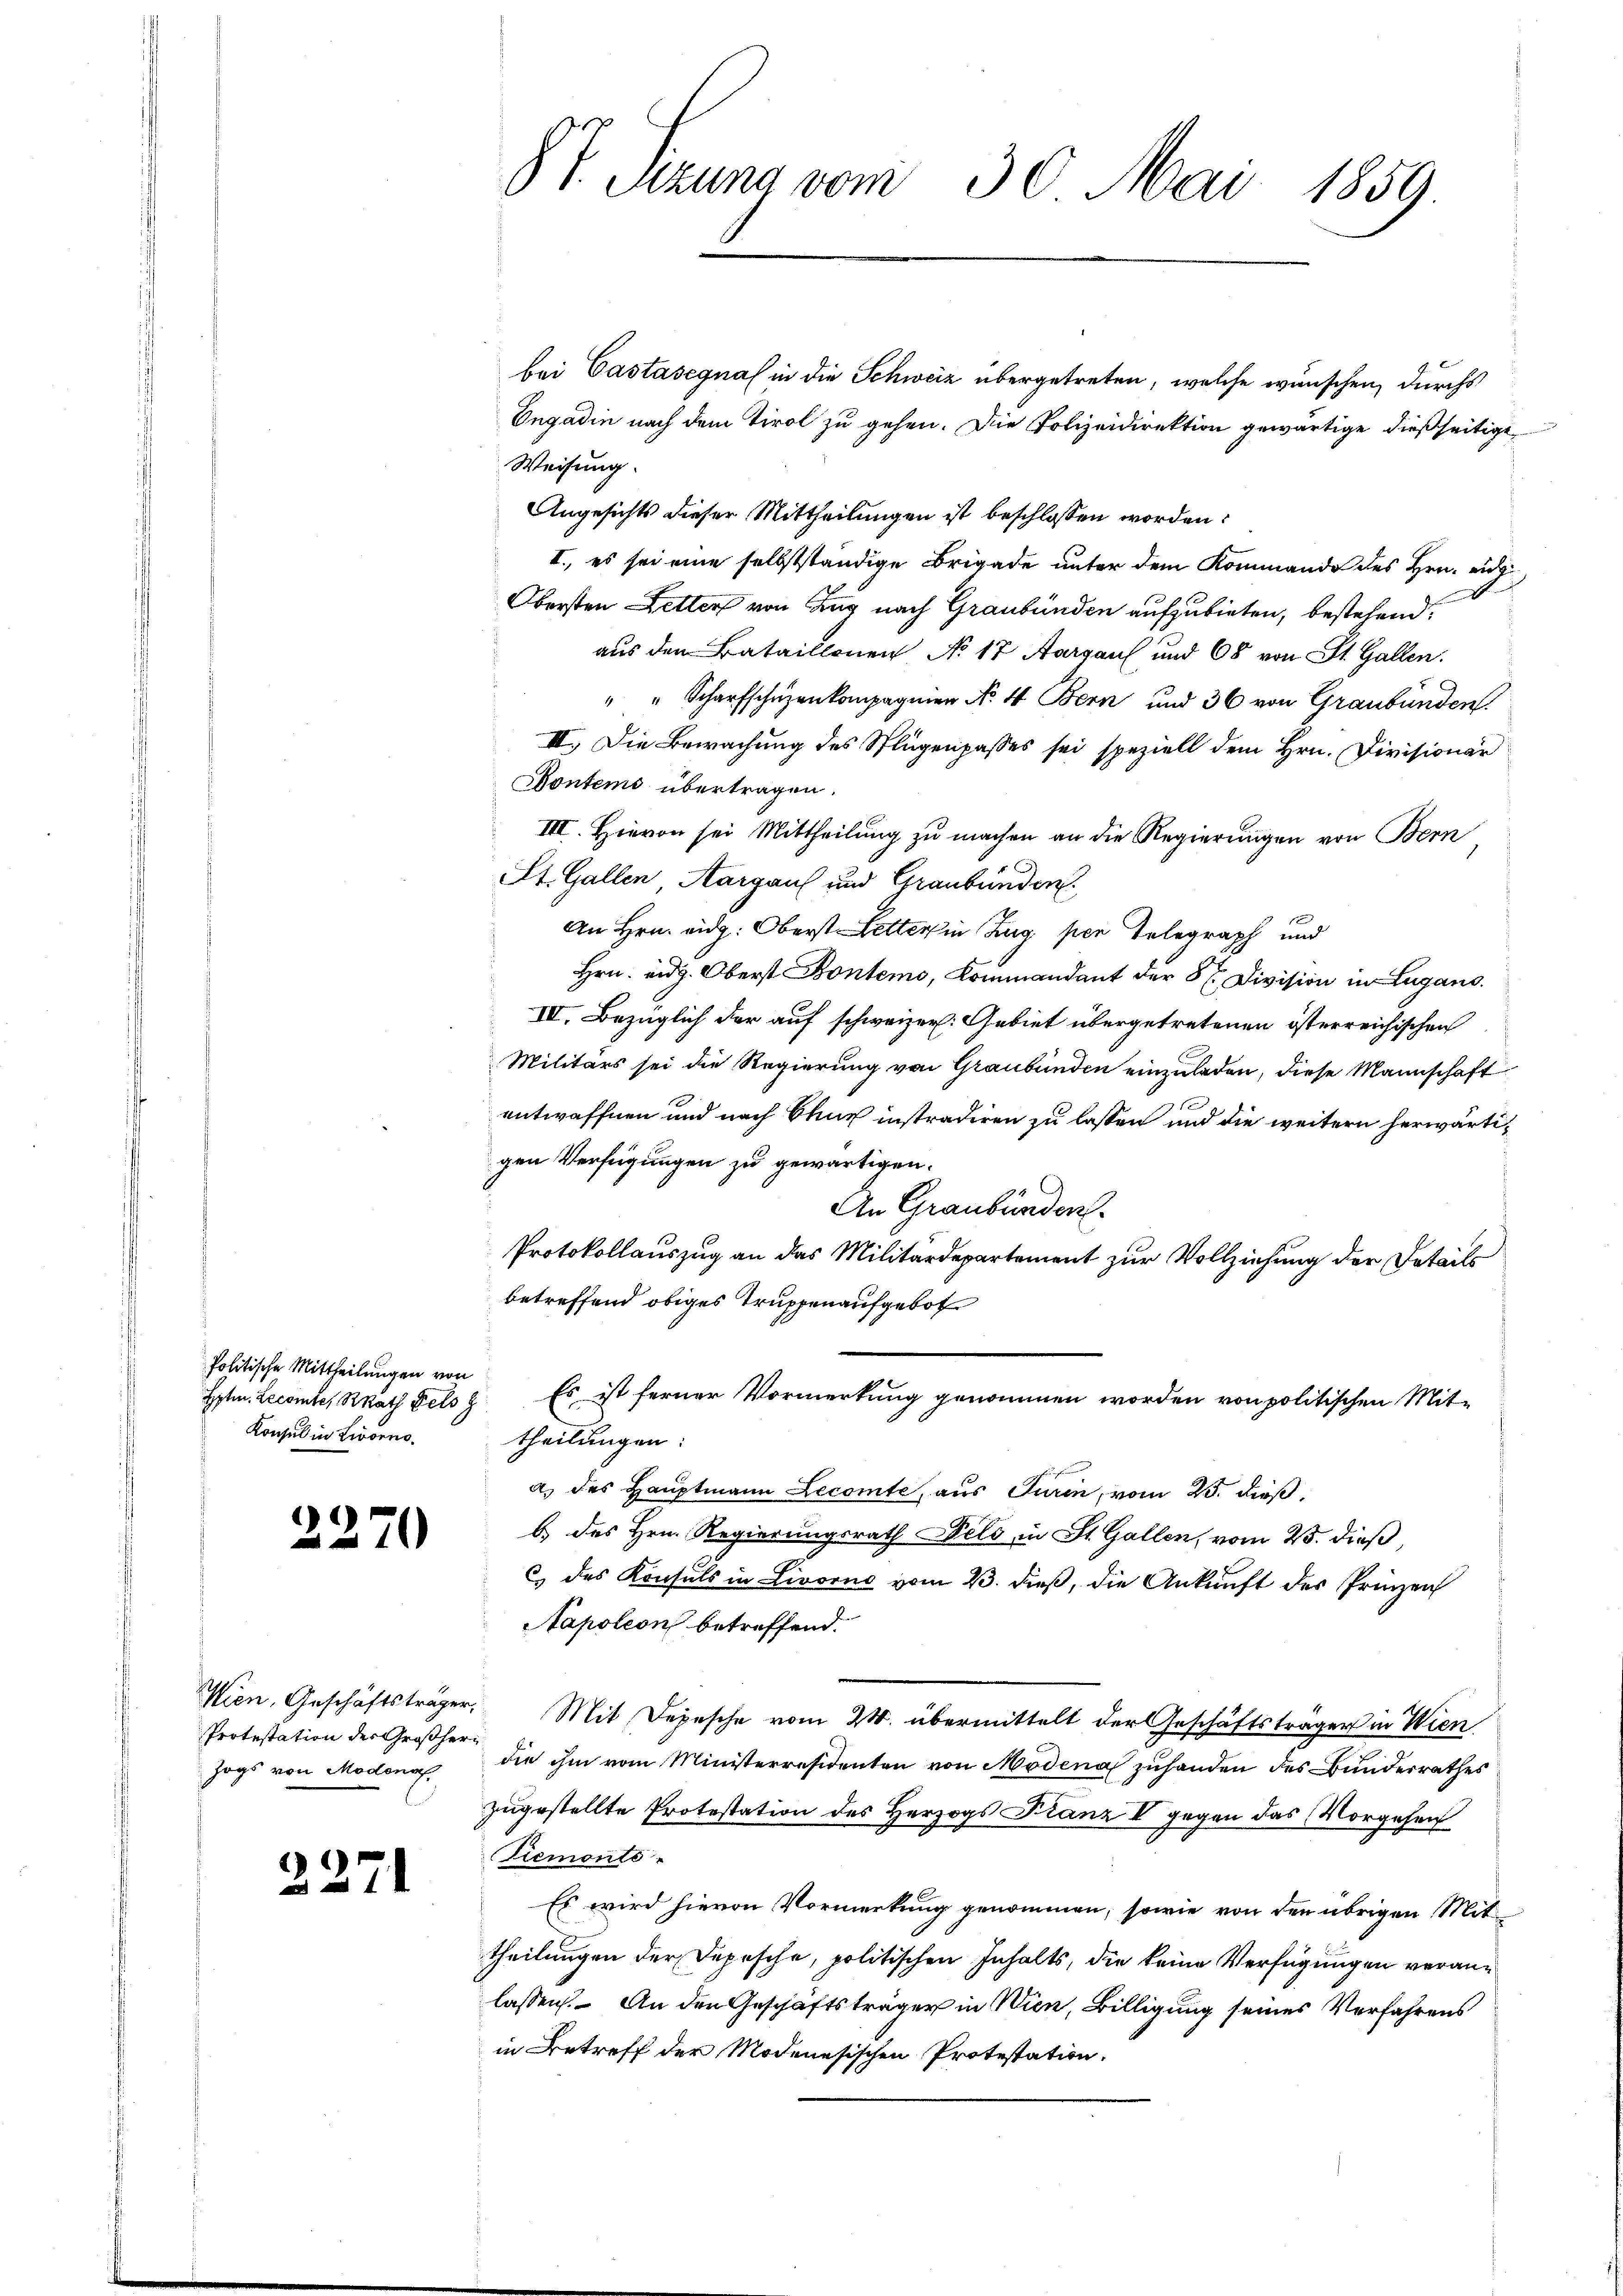
Politische Mittheilungen von
Hptm. Lecomte, RRath Fels z
Konsul in Livorno¬

2270

2271

Wien, Geschäftsträger,
Protestation der Großherr
zogs von Modena.

8 v. Szung vom 30. Mai 1859

bei Castasegnal in die Schweiz übergetreten, welche wünschen, durchs
Engadin nach dem Tirol zu gehen. Die Polizeidirektion gewärtige dießseitige
Weisung.
Angesichts dieser Mittheilungen ist beschlossen worden:
II., es sei eine selbstständige Brigade unter dem Kommando des Hrn. Eig
Obersten Zetter von Zug nach Graubünden aufzubieten, bestehend:
aus den Bataillonen No 17 Aargau und 68 von St. Gallen.
" " Scharfschüzenkompagnien No 4 Bern und 36 von Graubünden.
III. Die Bewachung des Splügenpasses sei speziell dem Hrn. Divisionär
Pontems übertragen.
III. Hievon sei Mittheilung zu machen an die Regierungen von Bern
St. Gallen Aargaus und Graubünden.
An Hrn. eidg. Oberst Letter in Zug per Telegraph und
Hrn. eidg. Oberst Bontemo, Kommandant der 8 Division in Lugans.
III. Bezüglich der auf schweizer. Gebiet übergetretenen österreichischen
Militärs sei die Regierung von Graubünden einzuladen, diese Mannschaft
entwaffnen und nach Chur instradiren zu lassen und die weitern herwärtigen Verfügungen zu gewärtigen.
An Graubünden
Protokollauszug an das Militärdepartement zur Vollziehung der Details
betreffend obiges Truppenaufgebot
Es ist ferner Vormerkung genommen worden von politischen Mit-
theilungen:
a) des Hauptmann Lecomte, aus Turin, vom 25. dieß,
b) des Hrn. Regierungsrath Held in St. Gallen, vom 23. dieß,
c des Konsuls in Livorne vom 23. dieß, die Ankunft des Prinzen
Napoleon betreffend.
Mit Depesche vom 24. übermittelt der Geschäftsträger in Wien
die ihm vom Ministerresidenten von Modena zuhanden des Bundesrathes
zugestellte Protestation des Herzogs Franz V gegen das Vorgehen
Piemonte
Es wird hievon Vormerkung genommen, sowie von den übrigen Mittheilungen der Depesche, politischen Inhalts, die keine Verfügungen veranlassen. An den Geschäftsträger in Wien, Billigung seines Verfahrens
in Betreff der Modenesischen Protestation.